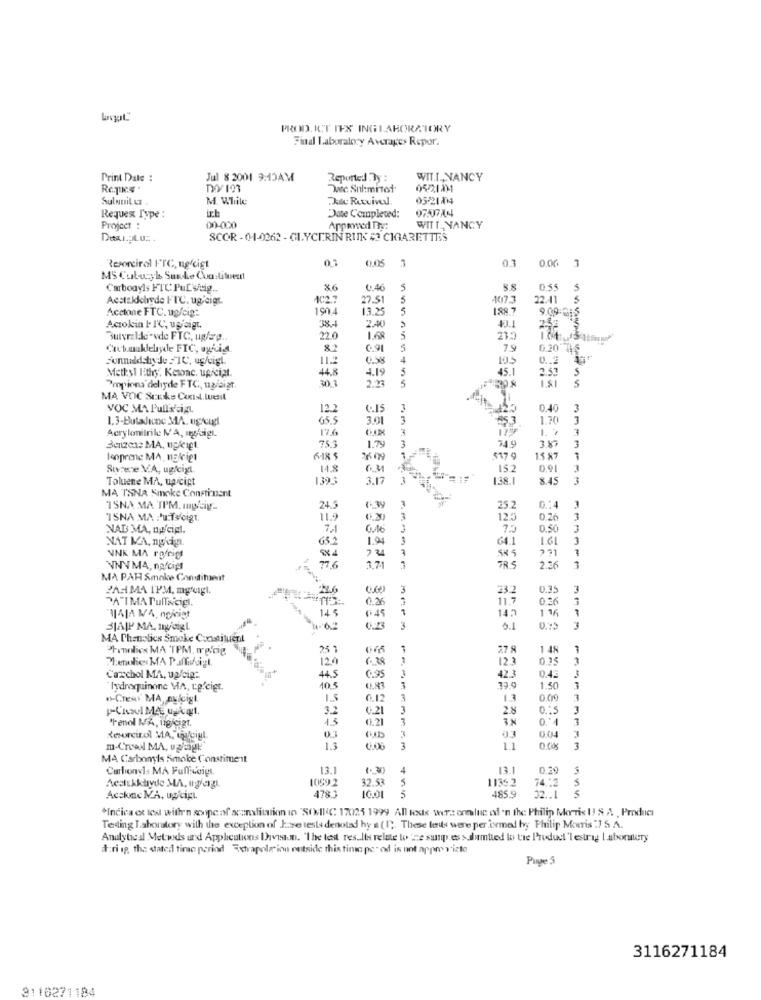
PROD. ICT IES INGLABORATORY
Final Laboratory Averages Repor.
Print Date :
Jul 8 2001 9:15AM
Reported By :
WIT.T ., NANCY
Dec. Sul:mitof
0521131
Sulnuit Lt
M. While
Du Rutvivel
05-218014
ich
Requex Type :
Date Completed:
Project :
00-000
Apprwed The:
WITT_ NANCY
SCOR -01-0262 - GLYCERIN RUNK # CIGARETTES
Resorcirol FTC, no/cist
01
0.05
03
MS Cubusyh Smoke Constituent
Carbonyls FTC PuL'veig ..
x6
4.40
5
0.55
S
Aestalehrede FTC. ug.cigt.
1C2.7
27.5
407.3
22.11
Acetone FTC. up/cig:
1904
13.25
5
188.7
9.09:
Actolin I. 1℃, up digt.
38.4
2.40
41.1
220
1.68
5
219
Cabanaklelyde FIC, syria
6.91
5
79
0.20 4
11.2
0.58
4
0 .. 2
Methyl lothy. Ketone, upiciat.
44.8
4.19
5
45.1
2.57
5
301
2.20
5
Propiona dehyde FTC, up/aiat.
S
MA VOC Senke Cost. tuent
VOC MA Pulls'aig.
12.2
4.15
3
0.40
3
65.5
3.01
3
1.70
3
Acrylonitrile NA, mgfeigt.
17.6
3
3
75.3
749
3
Benzene MA, ugligt
1.79
3
3.87
looprene MA, noligt
6-18
517 9
15 X7
Surece VA, ugligt.
14.8
152
0.91
Toluene MA, upicigt
1393
3.12
3
1.38.1
8.4
3
MA TSNA Smoke Constituant
1
ISNA MA TPM. mytiy-
24.5
6.39
25.2
"ISNA MA :'u.f:cig1.
11.9
3
125
0.26
NAB MA, nu cipl.
7 .- 1
7.3
0.50
3
NAT MA, nocigt
65 1
1.94
64.1
1.61
3
7
UNK MA rolig
SK S
TRS
NNNNMA, notcip
1.71
2.36
MA PAH Smoke Constituent
PARMA 1PM, mgfulgt.
23.2
0.3.
ATMA Pulisciel.
0.35
11.7
0.30
.45
14.
1 16
"HAJA MA, ngiciet
14 5
BIAWP MA, myGigL
3
MA Thenolies Smoke Constituent
"Truelies MA TPM, we!cig.
25 1
27 8
1 4
120
6.38
123
0.35
1
42 3
Caxschol MA, ugfeig:
44.5
0.95
hydroquinone MA, Le.cigt.
10.5
1.50
.Crear MA, nyicigl.
IS
0.12
3
13
0.0
3.2
6.21
3
2.8
0 .:
3
"Fenol MA, ugicigt.
15
0.21
3
0.4
Reorcirol MA, wifiul.
0.04
3
m-Cread MA, uglage
1.3
1.1
3
MA Carbonyts Smole Constitue it
Carbonyl: MA Fuffivoigt
13.1
4
13.1
0,29
1059.2
32.53
1136 7
74 .2
Acelukktryde MA, oglangt
5
5
Acsione MA, ugicigt.
478.3
485.9
32 .. 1
*Indica et les withr'n scope of scanslitation in "SON(C 17025 1999 All tests were ereluc of 'n the Philip Morris (! & A , Product
Texting I.ahoratory with the exception of Jaze testsdenotad hy a (1). These les were performed byy Philip Morris :7 S.A.
Analyteal Metwds and Applications Ihaveaun. "The test results relate to 're susp.es > dumtied lo tre Product 'lestrag laboralery
t:ri ip, the stated time period Extrapolation outside this time per od is not apprevisto
Page 3
3116271184
3110271184